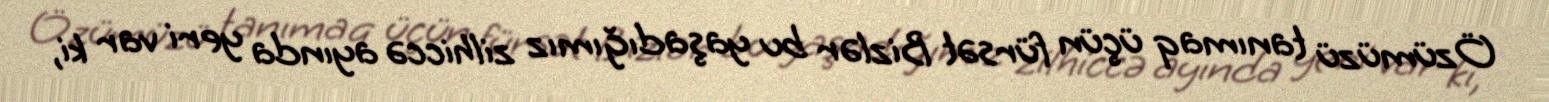
Özümüzü tanımaq üçün fürsət Bizlər bu yaşadığımız zilhiccə ayında yeri var ki,